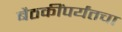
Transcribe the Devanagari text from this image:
बैठकींपर्यंतचा